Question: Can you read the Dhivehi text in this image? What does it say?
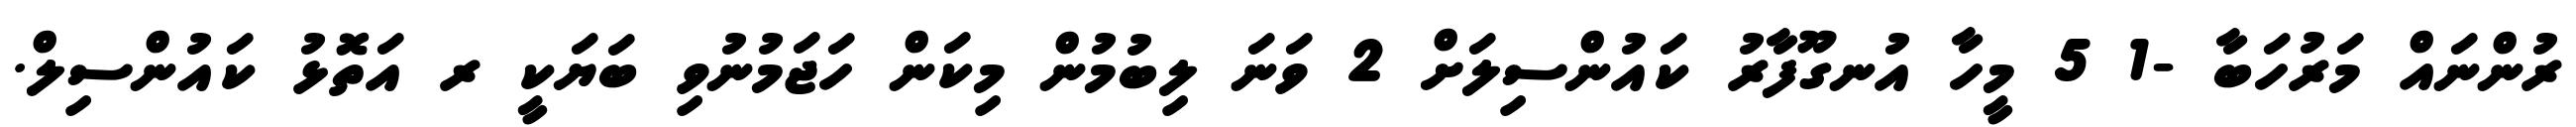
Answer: ރުންނައް މަރުހަބާ -1 5 މީހާ އުނގޫފާރު ކައުންސިލަށް 2 ވަނަ ލިބުމުން މިކަން ހަޖަމުނުވި ބަޔަކީ ރ އަތޮޅު ކައުންސިލް.